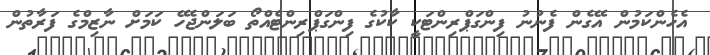
އެހެންކަމުން އޭގެން ފެނުނު ފިންގަޕްރިންޓަކީ ކާކުގެ ފިންގަޕްރިންޓެއްތޯ ބަލަންޖެހޭ ކަމަށް ނާޒިމްގެ ފަރާތުން